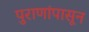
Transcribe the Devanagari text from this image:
पुराणांपासून